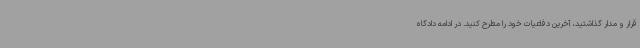
قرار و مدار گذاشتید، آخرین دفاعیات خود را مطرح کنید. در ادامه دادگاه